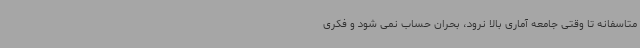
متاسفانه تا وقتی جامعه آماری بالا نرود، بحران حساب نمی شود و فکری